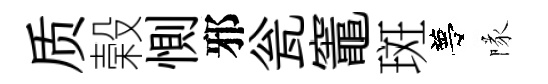
质榖惻邪瓮竈斑夢隊